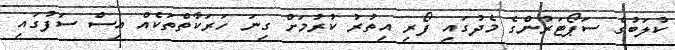
ކުލަބުގެ ސަޕޯޓަރުންގެ މެދުގައި ފޯރި އިތުރު ކުރުމަށް ގިނަ ހަރަކާތްތަކެއް އިސް ސަފުގައި